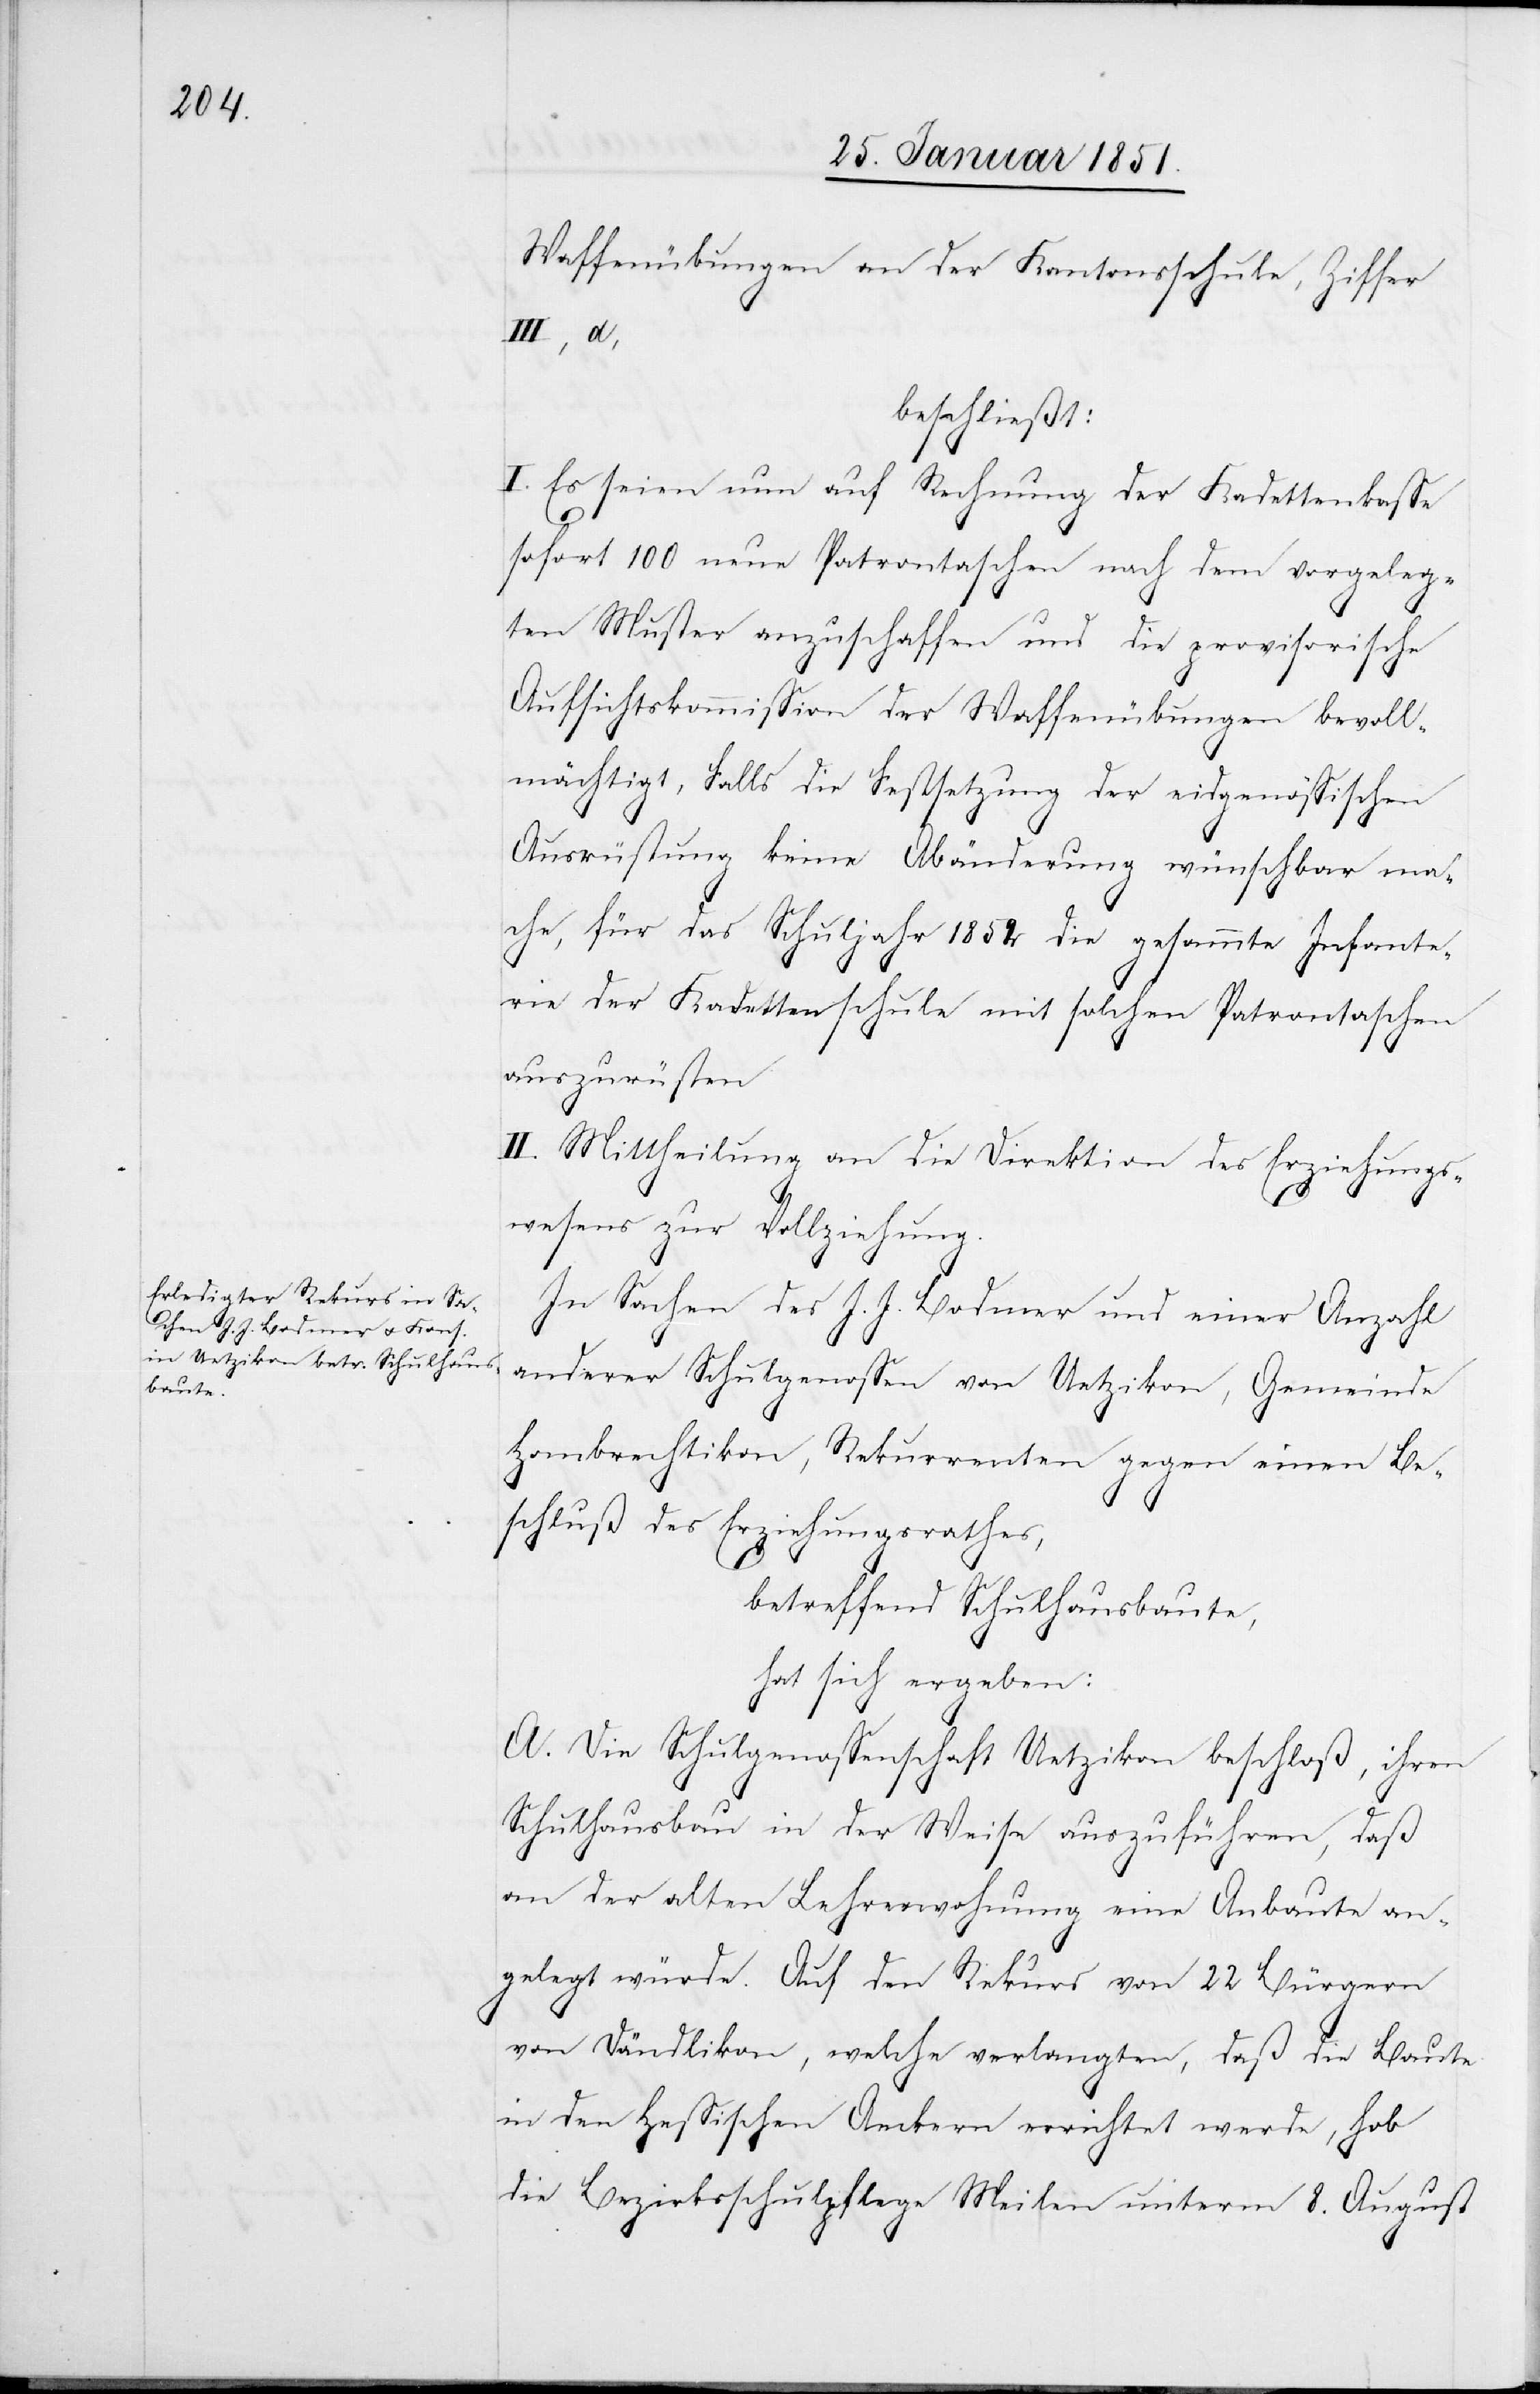
Waffenübungen an der Kantonsschule, Ziffer
III, d,
beschließt:
I. Es seien nun auf Rechnung der Kadettenkasse
sofort 100 neue Patrontaschen nach dem vorgeleg¬
ten Muster anzuschaffen und die provisorische
Aufsichtskommission der Waffenübungen bevoll¬
mächtigt, Falls die Festsetzung der eidgenössischen
Ausrüstung keine Abänderung wünschbar ma¬
che, für das Schuljahr 1852 die gesammte Infante¬
rie der Kadettenschule mit solchen Patrontaschen
auszurüsten
II. Mittheilung an die Direktion des Erziehungs¬
wesens zur Vollziehung.
In Sachen des J. J. Bodmer und einer Anzahl
anderer Schulgenossen von Uetzikon, Gemeinde
Hombrechtikon, Rekurrenten gegen einen Be¬
schluß des Erziehungsrathes,
betreffend Schulhausbaute,
hat sich ergeben:
A. Die Schulgenossenschaft Uetzikon beschloß, ihren
Schulhausbau in der Weise auszuführen, daß
an der alten Lehrerwohnung eine Anbaute an¬
gelegt würde. Auf den Rekurs von 22 Bürgern
von Dändlikon, welche verlangten, daß die Baute
in den Hessischen Aeckern errichtet werde, hob
die Bezirksschulpflege Meilen unterm 8. August